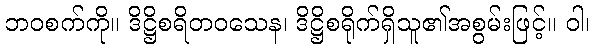
ဘဝစက်ကို။ ဒိဋ္ဌိစရိတဝသေန၊ ဒိဋ္ဌိစရိုက်ရှိသူ၏အစွမ်းဖြင့်။ ဝါ၊